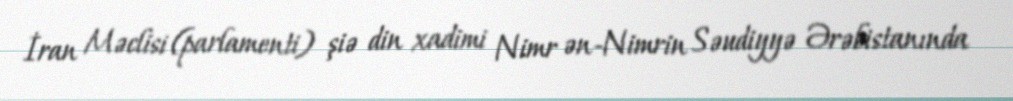
İran Məclisi (parlamenti) şiə din xadimi Nimr ən-Nimrin Səudiyyə Ərəbistanında